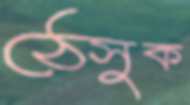
ঠেসুক